Lock hospitals Punjab
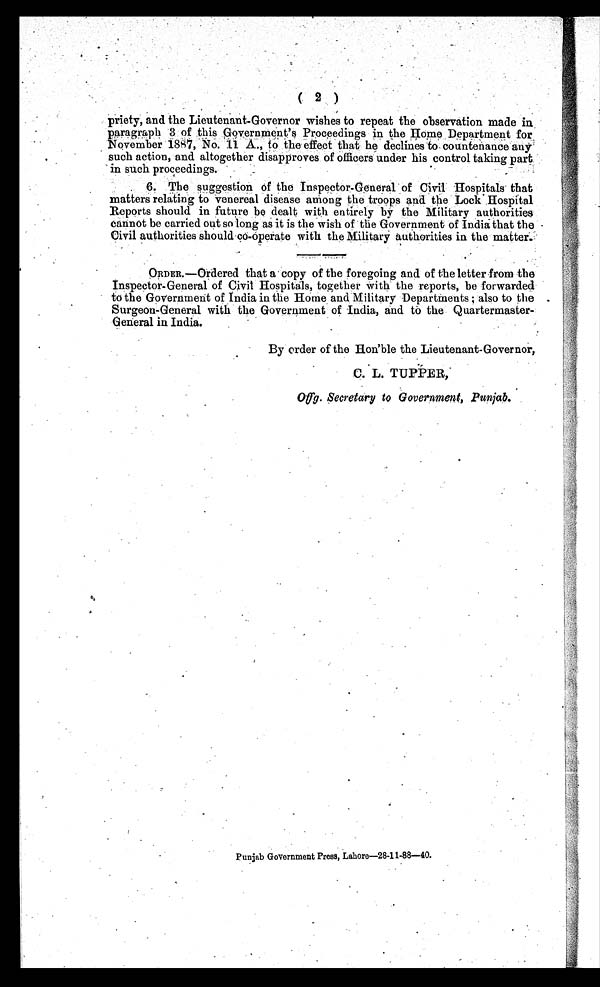
( 2 )
priety, and the Lieutenant-Governor wishes to repeat the observation made in
paragraph 3 of this Government's Proceedings in the Home Department for
November 1857, No. A., to the effect that he declines to countenance any
such action, and altogether disapproves of officers under his control taking part
in such proceedings.
6. The suggestion of the Inspector-General of Civil Hospitals that
matters relating to venereal disease among the troops and the Lock Hospital
Reports should in future be dealt with entirely by the Military authorities
cannot be carried out so long as it is the wish of the Government of India that the
Civil authorities should co-operate with the Military authorities in the matter.
ORDER.—Ordered that a copy of the foregoing and of the letter from the
Inspector-General of Civil Hospitals, together with the reports, be forwarded
to the Government of India in the Home and Military Departments ; also to the
Surgeon-General with the Government of India, and to the Quartermaster-
General in India.
By order of the Hon'ble the Lieutenant-Governor,
C. L. TUPPER,
Offg. Secretary to Government, Punjab.
Punjab Government Press, hahore-28-11-88-40.